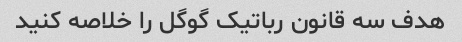
هدف سه قانون رباتیک گوگل را خلاصه کنید